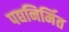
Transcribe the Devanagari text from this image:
पद्यनिर्मित